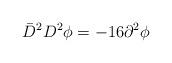
LaTeX: \begin{align*}\bar D^2 D^2 \phi = - 16\partial^2\phi\end{align*}